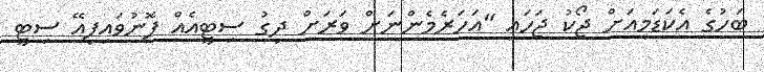
ބަހުގެ އެކަޑަމީއަށް ޖޯކު ޖަހައި "އަހަރެމެންނަށް ވަރަށް ދިގު ސިޓީއެއް ފޮނުވައިފިއޭ ސިޓީ